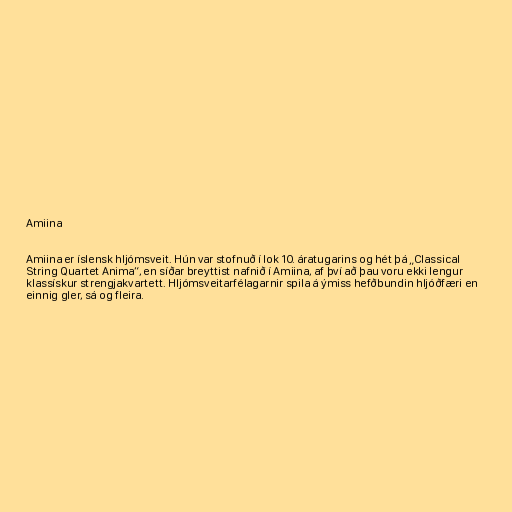
Amiina

Amiina er íslensk hljómsveit. Hún var stofnuð í lok 10. áratugarins og hét þá „Classical
String Quartet Anima“, en síðar breyttist nafnið í Amiina, af því að þau voru ekki lengur
klassískur strengjakvartett. Hljómsveitarfélagarnir spila á ýmiss hefðbundin hljóðfæri en
einnig gler, sá og fleira.